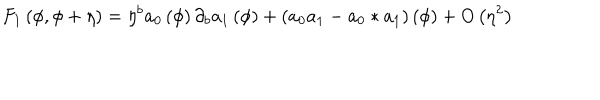
LaTeX: F _ { 1 } \left( \phi , \phi + \eta \right) = \eta ^ { b } a _ { 0 } \left( \phi \right) \partial _ { b } a _ { 1 } \left( \phi \right) + \left( a _ { 0 } a _ { 1 } - a _ { 0 } \ast a _ { 1 } \right) \left( \phi \right) + O \left( \eta ^ { 2 } \right)